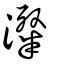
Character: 澯